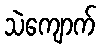
သဲကျောက်